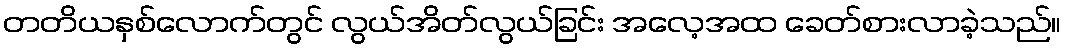
တတိယနှစ်လောက်တွင် လွယ်အိတ်လွယ်ခြင်း အလေ့အထ ခေတ်စားလာခဲ့သည်။